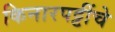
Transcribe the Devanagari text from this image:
किनारपट्टींचे